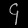
Digit: ၄